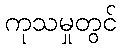
ကုသမှုတွင်